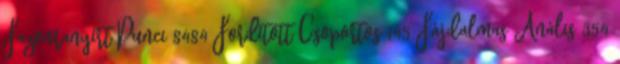
Fazonranyírt Punci 8484 Fordított Csoportos 145 Fájdalmas Anális 354